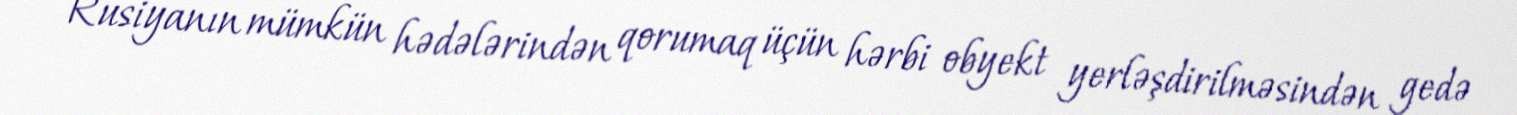
Rusiyanın mümkün hədələrindən qorumaq üçün hərbi obyekt yerləşdirilməsindən gedə